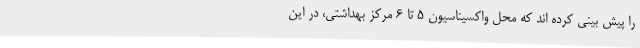
را پیش بینی کرده اند که محل واکسیناسیون ۵ تا ۶ مرکز بهداشتی، در این